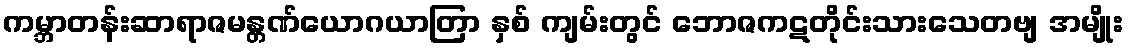
ကမ္ဘာတန်းဆာရာဇမန္တဏ်ယောဂယာတြာ နှစ် ကျမ်းတွင် ဘောဇကဋတိုင်းသားသေတဗျ အမျိုး